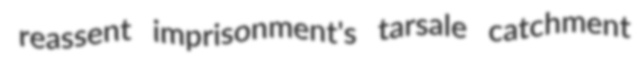
reassent imprisonment's tarsale catchment